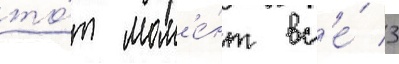
то́т мом'е́нт вс'е́ 3